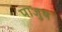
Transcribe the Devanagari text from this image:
पाजुष